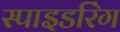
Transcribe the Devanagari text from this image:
स्पाइडरिंग